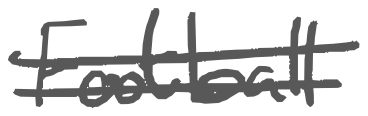
Text: Football
Cross-out: double-line
Writing tool: digital_gray